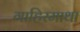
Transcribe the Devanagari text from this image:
गाहिरमाथा